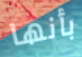
بأنها